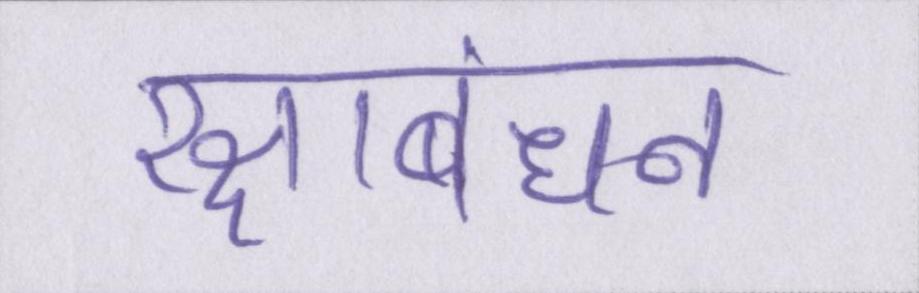
रक्षाबंधन